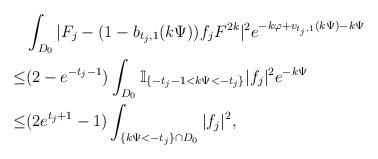
LaTeX: \begin{align*}&\int_{D_0}|F_j-(1-b_{t_j,1}(k\Psi))f_jF^{2k}|^2e^{-k\varphi+v_{t_j,1}(k\Psi)-k\Psi}\\\le&(2-e^{-t_j-1})\int_{D_0}\mathbb{I}_{\{-t_j-1<k\Psi<-t_j\}}|f_j|^2e^{-k\Psi}\\\le&(2e^{t_j+1}-1)\int_{\{k\Psi<-t_j\}\cap D_0}|f_j|^2,\end{align*}